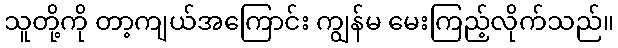
သူတို့ကို တာ့ကျယ်အကြောင်း ကျွန်မ မေးကြည့်လိုက်သည်။